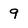
Character: 9